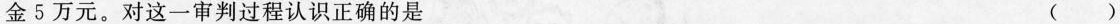
金5万元。对这一审判过程认识正确的是 ( )